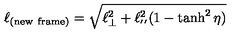
\ell _ { ( \mathrm { n e w \ f r a m e ) } } = \sqrt { \ell _ { \bot } ^ { 2 } + \ell _ { ' ^ { \prime } } ^ { 2 } ( 1 - \tanh ^ { 2 } \eta ) }